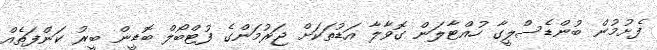
ފެށުމުން ބުންޑެސްލީގާ ހުއްޓާލަން ގޮވާލާ އަޑުތަކަށް ޖަރުމަންގެ ފުޓްބޯލް ބޮޑީން ބީރު ކަންފަތެއް